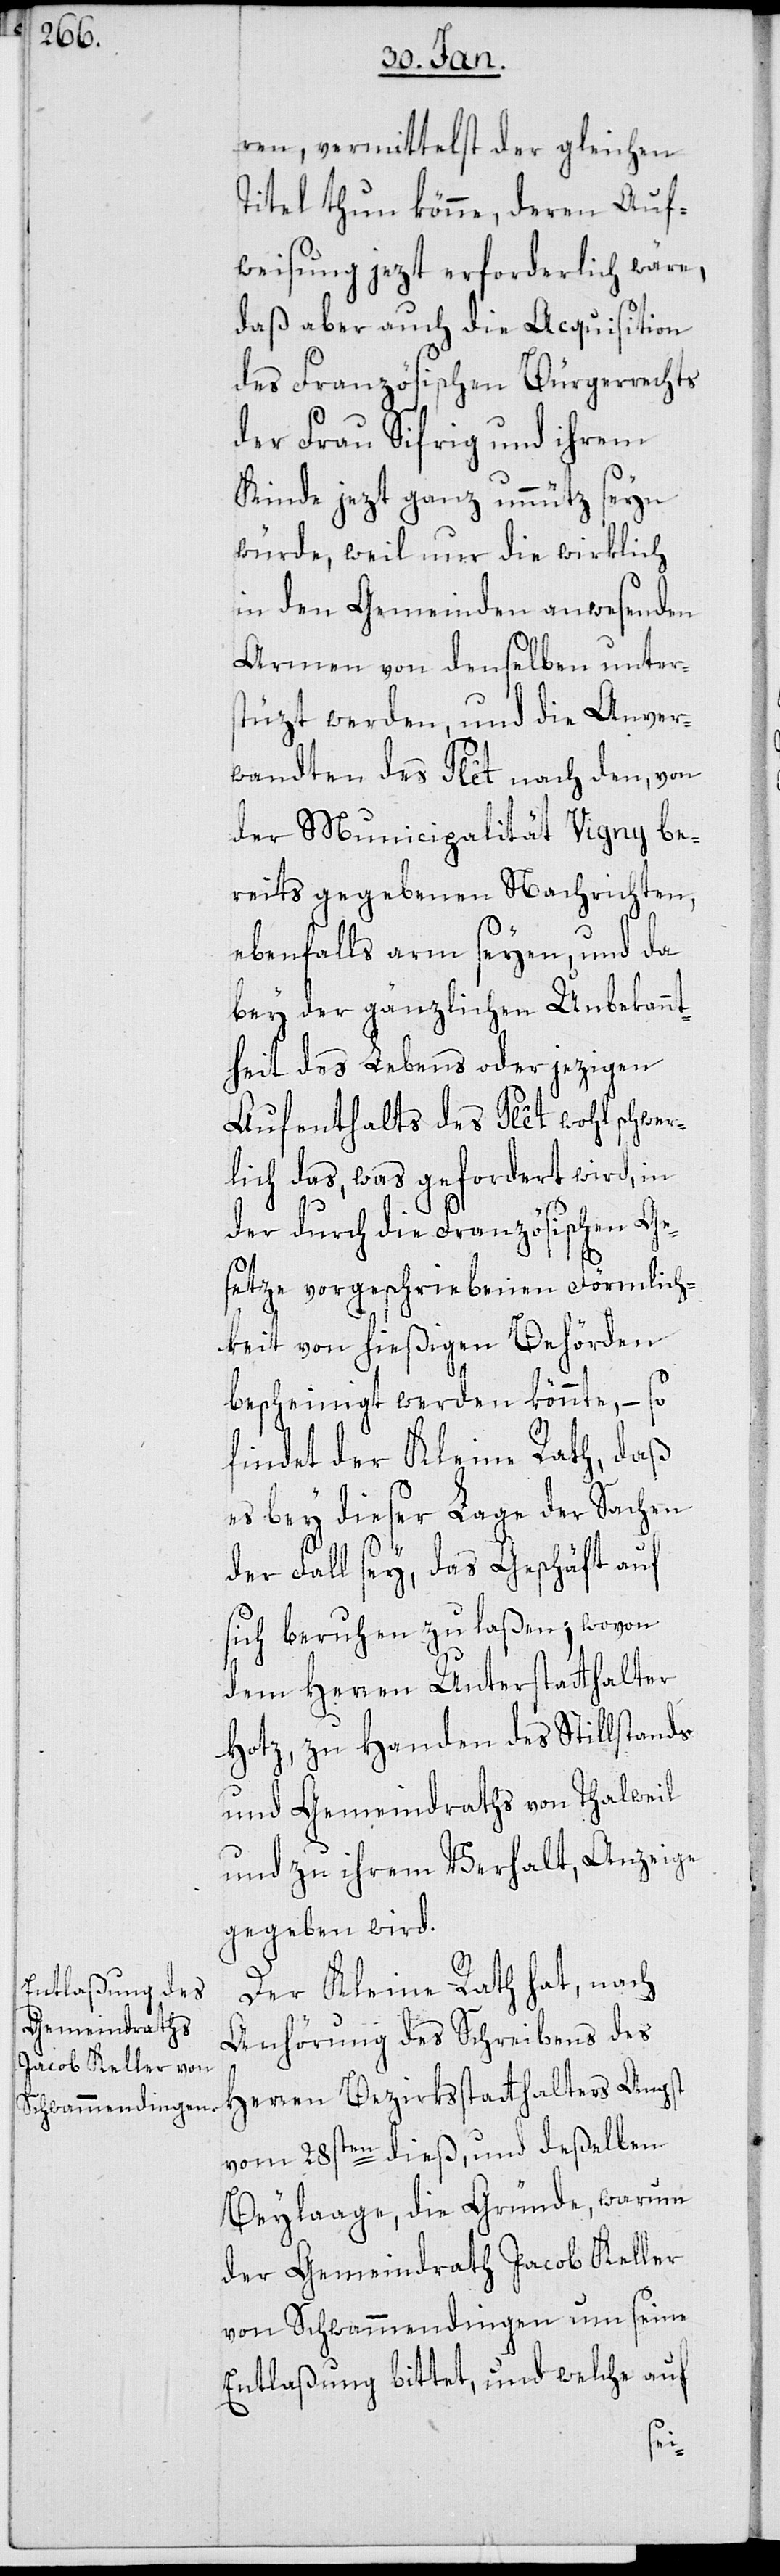
ren, vermittelst der gleichen
Titel thun könne, deren Auf¬
weisung jezt erforderlich wäre,
daß aber auch die Acquisition
des Französischen Bürgerrechts
der Frau Sifrig und ihrem
Kinde jezt ganz unnütz seyn
würde, weil nur die wirklich
in den Gemeinden anwesenden
Armen von denselben unter¬
stüzt werden, und die Anver¬
wandten des Plèt nach den, von
der Municipalität Vigny be¬
reits gegebenen Nachrichten,
ebenfalls arm seyen, und da
bey der gänzlichen Unbekannt¬
heit des Lebens oder jezigen
Aufenthalts des Plèt wohl schwer¬
lich das, was gefordert wird, in
der durch die Französischen Ge¬
setze vorgeschriebenen Förmlich¬
keit von hießigen Behörden
bescheinigt werden könnte, – so
findet der Kleine Rath, daß
es bey dieser Lage der Sachen
der Fall sey, das Geschäft auf
sich beruhen zu laßen; wovon
dem Herren Unterstatthalter
Hotz, zu Handen des Stillstands
und Gemeindraths von Thalweil
und zu ihrem Verhalt, Anzeige
gegeben wird.
Der Kleine Rath hat, nach
Anhörung des Schreibens des
Herren Bezirksstatthalters Angst
vom 28sten dieß, und deßelben
Beylaage, die Gründe, warum
der Gemeindrath Jacob Keller
von Schwammendingen um seine
Entlaßung bittet, und welche auf